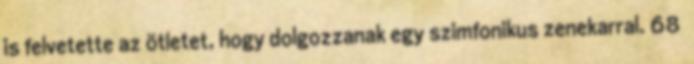
is felvetette az ötletet, hogy dolgozzanak egy szimfonikus zenekarral. 68